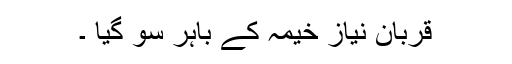
قربان نیاز خیمہ کے باہر سو گیا ۔